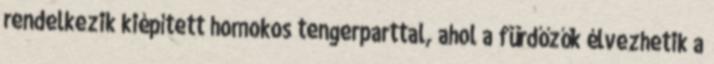
rendelkezik kiépített homokos tengerparttal, ahol a fürdőzők élvezhetik a